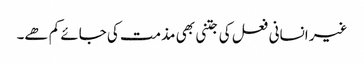
غیر انسانی فعل کی جتنی بھی مذمت کی جائے کم ھے۔